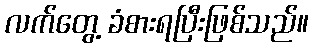
လက်တွေ့ ခံစားရပြီးဖြစ်သည်။